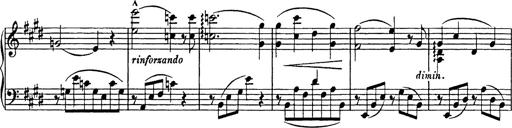
Title: Consolations
Composer: Franz Liszt